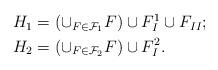
LaTeX: \begin{align*}\begin{aligned}H_1&=\left (\cup_{F\in \mathcal{F}_1}F\right )\cup F_I^1\cup F_{II};\\H_2&=\left (\cup_{F\in \mathcal{F}_2}F\right )\cup F_I^2.\end{aligned}\end{align*}